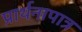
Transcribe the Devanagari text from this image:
प्रार्थनापात्र